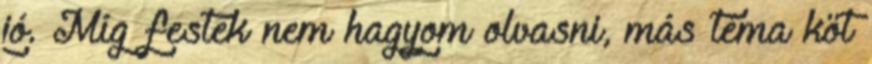
jó. Míg festek nem hagyom olvasni, más téma köt